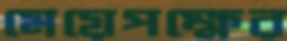
মেয়েপক্ষের